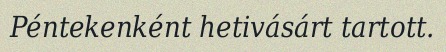
Péntekenként hetivásárt tartott.